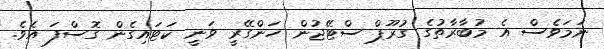
ނަމަވެސް އެ މުބާރާތުގެ ގުރޫޕް ސްޓޭޖުން ހަންގޭރީ ވަނީ ކަޓައިގެން ގޮސްފަ އެވެ.